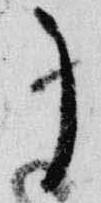
了